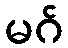
မဂ်